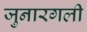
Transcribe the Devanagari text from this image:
जुनारगली